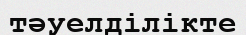
тәуелділікте